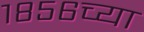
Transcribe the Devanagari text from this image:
१८५६च्या